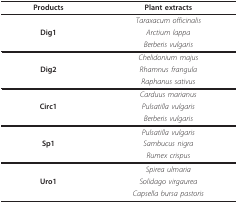
<table><thead><tr><td><b>Products</b></td><td><b>Plant extracts</b></td></tr></thead><tbody><tr><td></td><td><i>Taraxacum officinalis</i></td></tr><tr><td><b>Dig1</b></td><td><i>Arctium lappa</i></td></tr><tr><td></td><td><i>Berberis vulgaris</i></td></tr><tr><td></td><td><i>Chelidonium majus</i></td></tr><tr><td><b>Dig2</b></td><td><i>Rhamnus frangula</i></td></tr><tr><td></td><td><i>Raphanus sativus</i></td></tr><tr><td></td><td><i>Carduus marianus</i></td></tr><tr><td><b>Circ1</b></td><td><i>Pulsatilla vulgaris</i></td></tr><tr><td></td><td><i>Berberis vulgaris</i></td></tr><tr><td></td><td><i>Pulsatilla vulgaris</i></td></tr><tr><td><b>Sp1</b></td><td><i>Sambucus nigra</i></td></tr><tr><td></td><td><i>Rumex crispus</i></td></tr><tr><td></td><td><i>Spirea ulmaria</i></td></tr><tr><td><b>Uro1</b></td><td><i>Solidago virgaurea</i></td></tr><tr><td></td><td><i>Capsella bursa pastoris</i></td></tr></tbody></table>